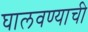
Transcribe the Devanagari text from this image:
घालवण्याची